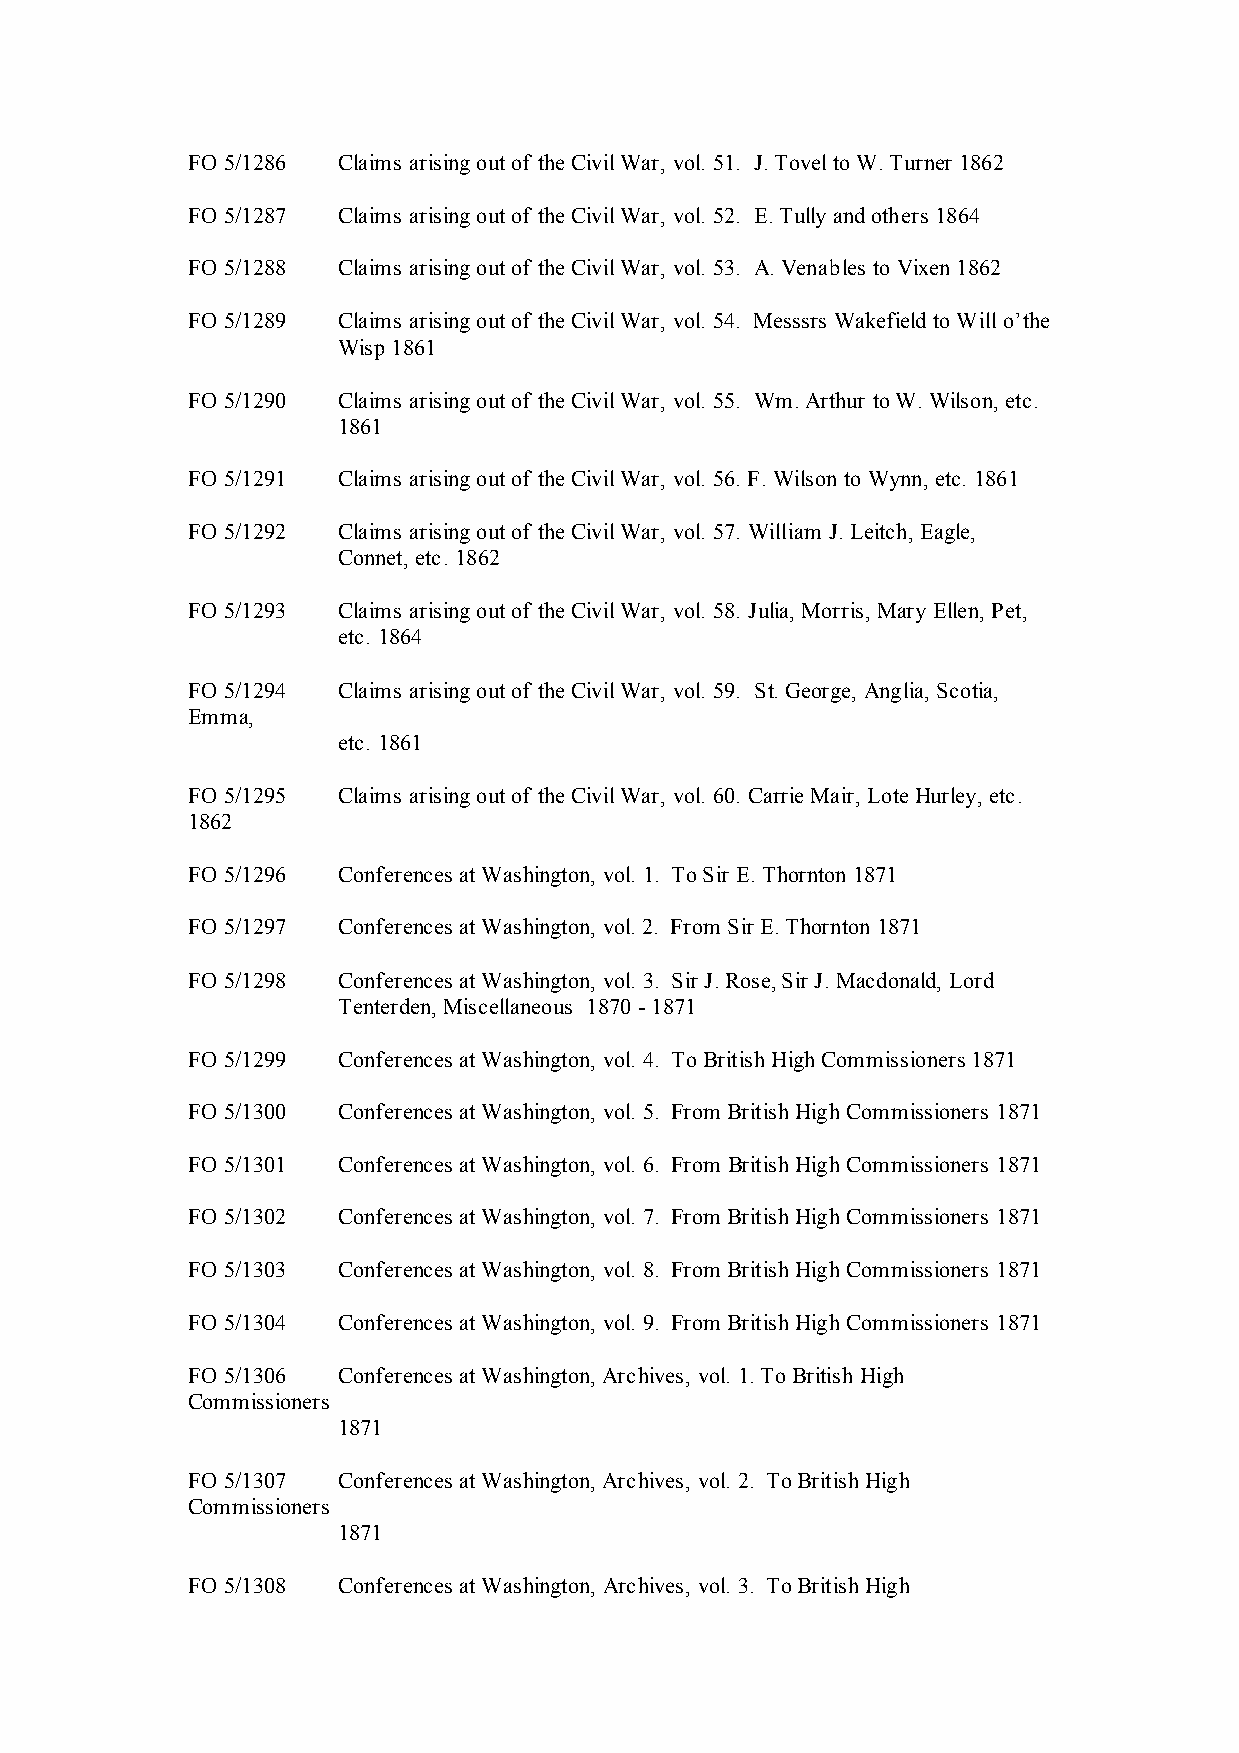
FO 5/1286 Claims arising out of the Civil War, vol. 51. J. Tovel to W. Turner 1862
 FO 5/1287 Claims arising out of the Civil War, vol. 52. E. Tully and others 1864
 FO 5/1288 Claims arising out of the Civil War, vol. 53. A. Venables to Vixen 1862
 FO 5/1289 Claims arising out of the Civil War, vol. 54. Messsrs Wakefield to Will o’the
 Wisp 1861
 FO 5/1290 Claims arising out of the Civil War, vol. 55. Wm. Arthur to W. Wilson, etc.
 1861
 FO 5/1291 Claims arising out of the Civil War, vol. 56. F. Wilson to Wynn, etc. 1861
 FO 5/1292 Claims arising out of the Civil War, vol. 57. William J. Leitch, Eagle,
 Connet, etc. 1862
 FO 5/1293 Claims arising out of the Civil War, vol. 58. Julia, Morris, Mary Ellen, Pet,
 etc. 1864
 FO 5/1294 Claims arising out of the Civil War, vol. 59. St. George, Anglia, Scotia,
 Emma,
 etc. 1861
 FO 5/1295 Claims arising out of the Civil War, vol. 60. Carrie Mair, Lote Hurley, etc.
 1862
 FO 5/1296 Conferences at Washington, vol. 1. To Sir E. Thornton 1871
 FO 5/1297 Conferences at Washington, vol. 2. From Sir E. Thornton 1871
 FO 5/1298 Conferences at Washington, vol. 3. Sir J. Rose, Sir J. Macdonald, Lord
 Tenterden, Miscellaneous 1870 - 1871
 FO 5/1299 Conferences at Washington, vol. 4. To British High Commissioners 1871
 FO 5/1300 Conferences at Washington, vol. 5. From British High Commissioners 1871
 FO 5/1301 Conferences at Washington, vol. 6. From British High Commissioners 1871
 FO 5/1302 Conferences at Washington, vol. 7. From British High Commissioners 1871
 FO 5/1303 Conferences at Washington, vol. 8. From British High Commissioners 1871
 FO 5/1304 Conferences at Washington, vol. 9. From British High Commissioners 1871
 FO 5/1306 Conferences at Washington, Archives, vol. 1. To British High
 Commissioners
 1871
 FO 5/1307 Conferences at Washington, Archives, vol. 2. To British High
 Commissioners
 1871
 FO 5/1308 Conferences at Washington, Archives, vol. 3. To British High